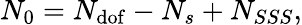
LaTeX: N_{0}=N_{\mathrm{dof}}-N_{s}+N_{SSS},